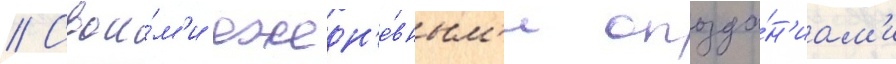
// Свои́м'и ежедн'е́вным'и опозда́н'иам'и